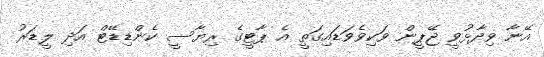
އޭނާ ވިދާޅުވީ ޖޭޕީން ވަކިވެވަޑައިގަތީ އެ ޕާޓީގެ ރިޔާސީ ކެންޑިޑޭޓް އަދި ލީޑަރު